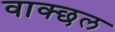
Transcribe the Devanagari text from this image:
वाक्छल